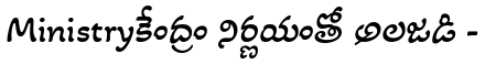
Ministryకేంద్రం నిర్ణయంతో అలజడి -